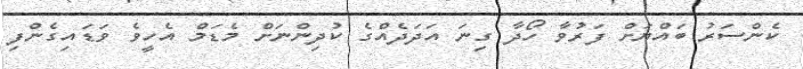
ކެންސަރު ބައްޔަށް ފަރުވާ ހޯދާ ގިނަ އަދަދެއްގެ ކުދިންނަށް މެޑަމް އެހީވެ ވަޑައިގެންފި